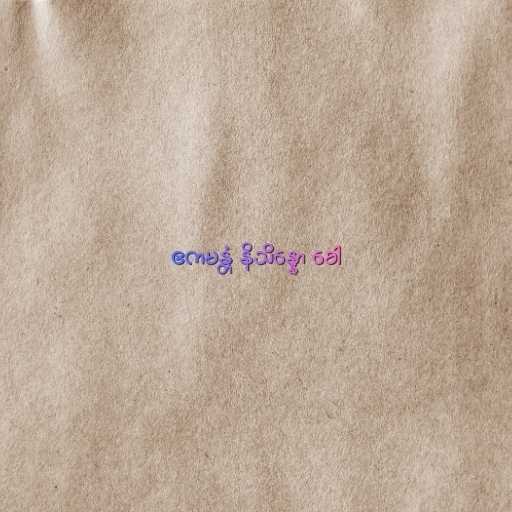
ဧကမန္တံ နိသိန္နော ခေါ